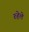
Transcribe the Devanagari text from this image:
रुहेले